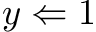
y \Leftarrow 1